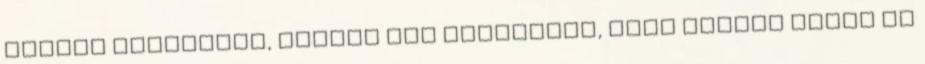
Gordon támogatta, Attila meg elintézte, hogy Kuncze Gábor is